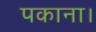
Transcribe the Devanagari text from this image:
पकाना।